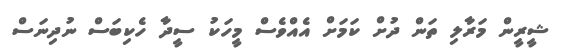
ޝީރީން މަރާލި ތަން ދުށް ކަމަށް އެއްވެސް މީހަކު ސީދާ ހެކިބަސް ނުދިނަސް